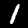
Label: 1